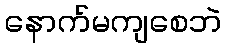
နောက်မကျစေဘဲ